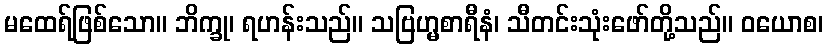
မထေရ်ဖြစ်သော။ ဘိက္ခု၊ ရဟန်းသည်။ သဗြဟ္မစာရီနံ၊ သီတင်းသုံးဖော်တို့သည်။ ဝယောစ၊